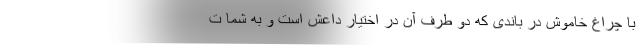
با چراغ خاموش در باندی که دو طرف آن در اختیار داعش است و به شما ت